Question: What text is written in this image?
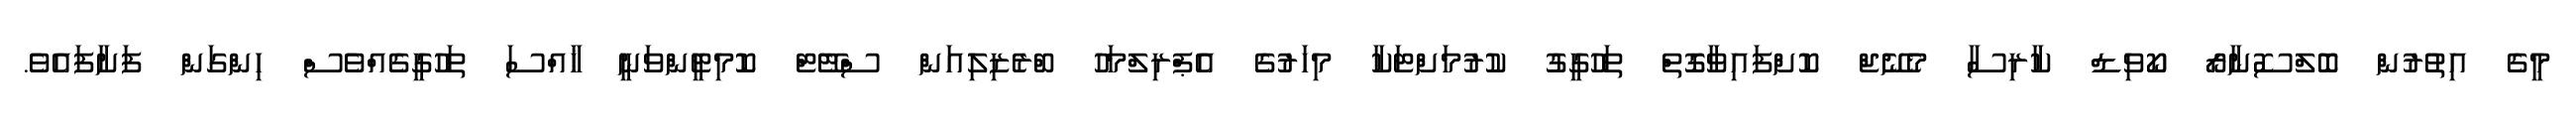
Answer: މީގެ އިތުރުން ބޮލްސޮނާރޯ ކޯވިޑް ކާރިސާ މެނޭޖް ކޮށްފައިވާގޮތް ތަހުގީގު ކުރުމަށްޓަކާ މިހަރުގެ އެޕްރިލްމަހު ބްރެޒިލިއަން ސްޓޭޓް ކޮމިޓީންވަނީ ޚާއްސަ ތަހުގީގެއްވެސް ހިންގަން ފަށާފައެވެ.